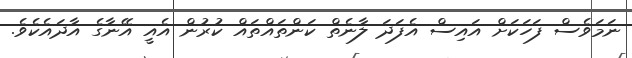
ނަމަވެސް ފަހަކަށް އައިސް އެފަދަ ލާނެތް ކަންތައްތައް ކުރުން އެއީ އޭނާގެ އާދައެކެވެ.